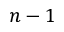
n - 1